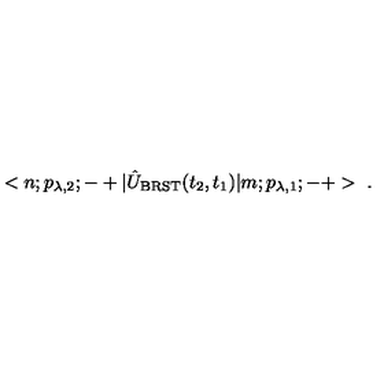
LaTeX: < n ; p _ { \lambda , 2 } ; - + | \hat { U } _ { \mathrm { B R S T } } ( t _ { 2 } , t _ { 1 } ) | m ; p _ { \lambda , 1 } ; - + > \ .